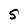
Character: S